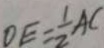
D E = \frac { 1 } { 2 } A C